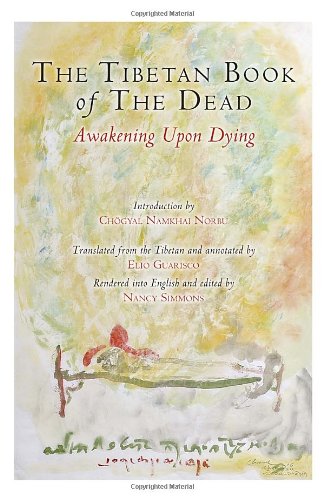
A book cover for The Tibetan Book of the Dead: Awakening Upon Dying; Padmasambhava; Religion & Spirituality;